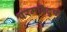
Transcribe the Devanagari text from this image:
परमविदुषो